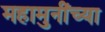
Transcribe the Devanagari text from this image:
महामुनींच्या